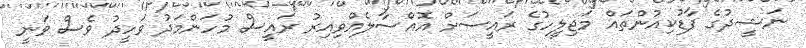
ނަޝީދުގެ ފާޑުކިއުންތައް މަޖިލީހުގެ ރައީސަށް އޮއްސާލެއްވިއިރު ރައީސް މުހަންމަދު ވަހީދު ވެސް ވަނީ